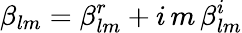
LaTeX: \beta_{lm}=\beta_{lm}^{r}+i\, m\, \beta_{lm}^{i}